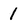
Character: 1